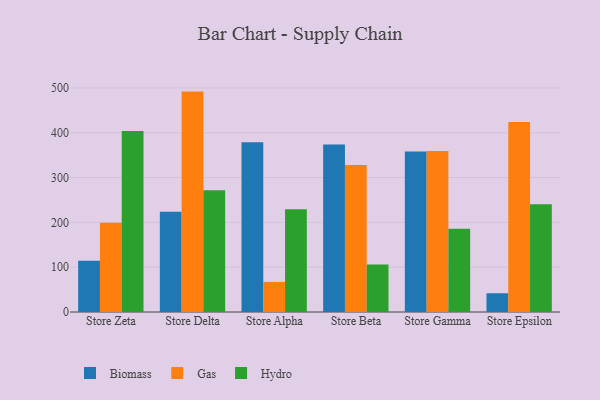
{"axis": {"x": "Store", "y": "Energy Usage (MWh)"}, "legend": ["Biomass", "Gas", "Hydro"], "data": [{"x": "Store Zeta", "y": 114.3, "type": "Biomass"}, {"x": "Store Zeta", "y": 199.4, "type": "Gas"}, {"x": "Store Zeta", "y": 404.0, "type": "Hydro"}, {"x": "Store Delta", "y": 223.6, "type": "Biomass"}, {"x": "Store Delta", "y": 491.8, "type": "Gas"}, {"x": "Store Delta", "y": 271.9, "type": "Hydro"}, {"x": "Store Alpha", "y": 378.8, "type": "Biomass"}, {"x": "Store Alpha", "y": 67.1, "type": "Gas"}, {"x": "Store Alpha", "y": 229.4, "type": "Hydro"}, {"x": "Store Beta", "y": 373.9, "type": "Biomass"}, {"x": "Store Beta", "y": 328.0, "type": "Gas"}, {"x": "Store Beta", "y": 106.2, "type": "Hydro"}, {"x": "Store Gamma", "y": 357.9, "type": "Biomass"}, {"x": "Store Gamma", "y": 359.4, "type": "Gas"}, {"x": "Store Gamma", "y": 186.0, "type": "Hydro"}, {"x": "Store Epsilon", "y": 41.8, "type": "Biomass"}, {"x": "Store Epsilon", "y": 423.9, "type": "Gas"}, {"x": "Store Epsilon", "y": 240.2, "type": "Hydro"}]}